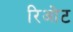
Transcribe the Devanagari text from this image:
रिओट